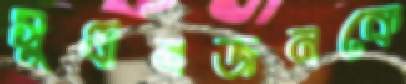
সুধীনজনকে